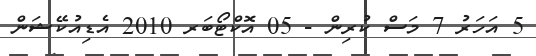
5 އަހަރު 7 މަސް ކުރިން - 05 އޮކްޓޯބަރ 2010 އެޑިއުކޭޝަން